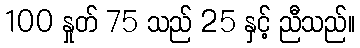
100 နှုတ် 75 သည် 25 နှင့် ညီသည်။